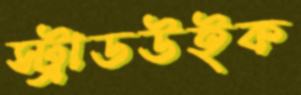
স্ট্রাডউইক